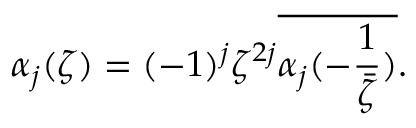
\alpha _ { j } ( \zeta ) = ( - 1 ) ^ { j } \zeta ^ { 2 j } \overline { { { \alpha _ { j } ( - \frac { 1 } { \bar { \zeta } } ) } } } .